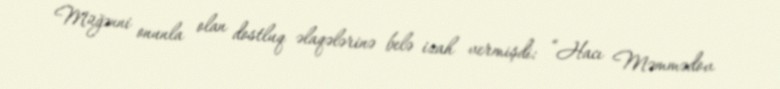
Müğənni onunla olan dostluq əlaqələrinə belə izah vermişdi: “Hacı Məmmədov